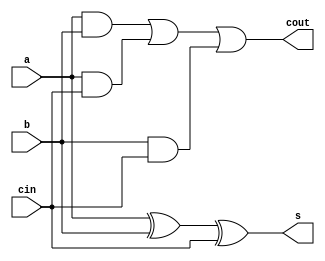
module full_adder_df(s, cout, a, b, cin); 
 	input a, b, cin;
 	output s, cout;

 	assign s=a^b^cin;
 	assign cout=(a&b)|(a&cin)|(b&cin);

 endmodule